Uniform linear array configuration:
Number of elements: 48
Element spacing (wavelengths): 0.75
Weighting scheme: binomial
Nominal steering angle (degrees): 15
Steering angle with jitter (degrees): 15.103
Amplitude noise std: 0.05
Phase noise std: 0.05

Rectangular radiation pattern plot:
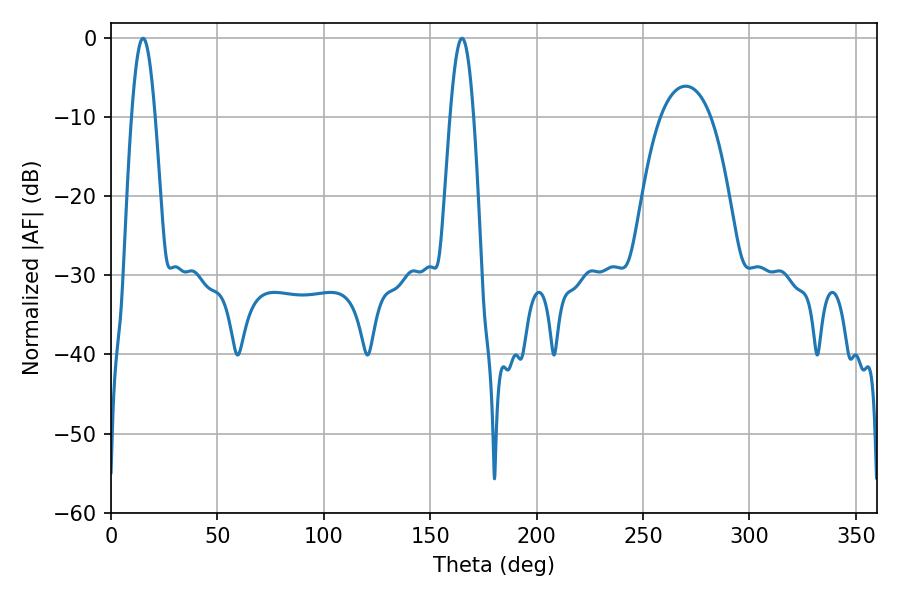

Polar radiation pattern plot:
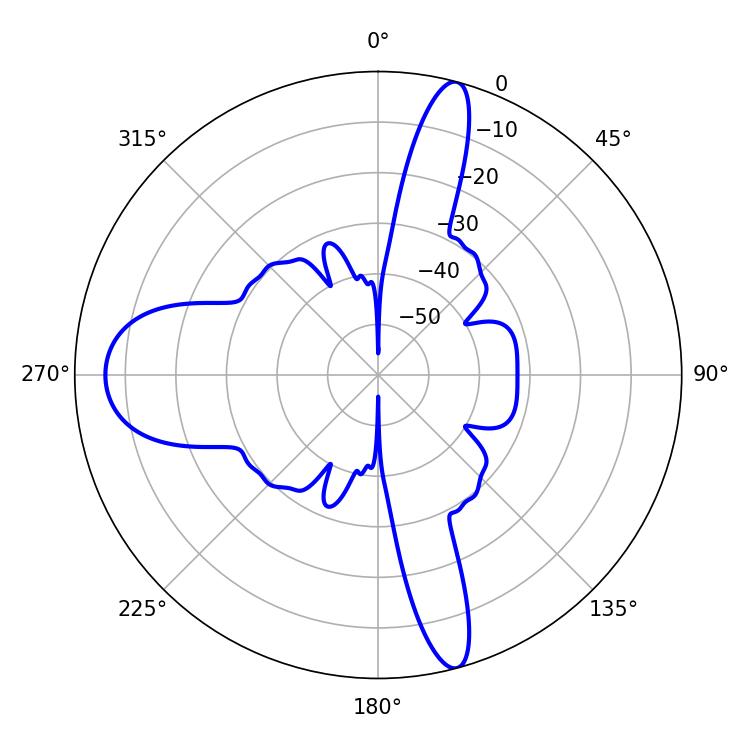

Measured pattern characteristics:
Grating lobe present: TRUE
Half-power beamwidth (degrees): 5.94
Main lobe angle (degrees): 15.12